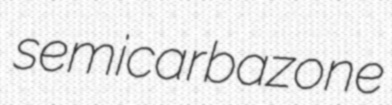
semicarbazone